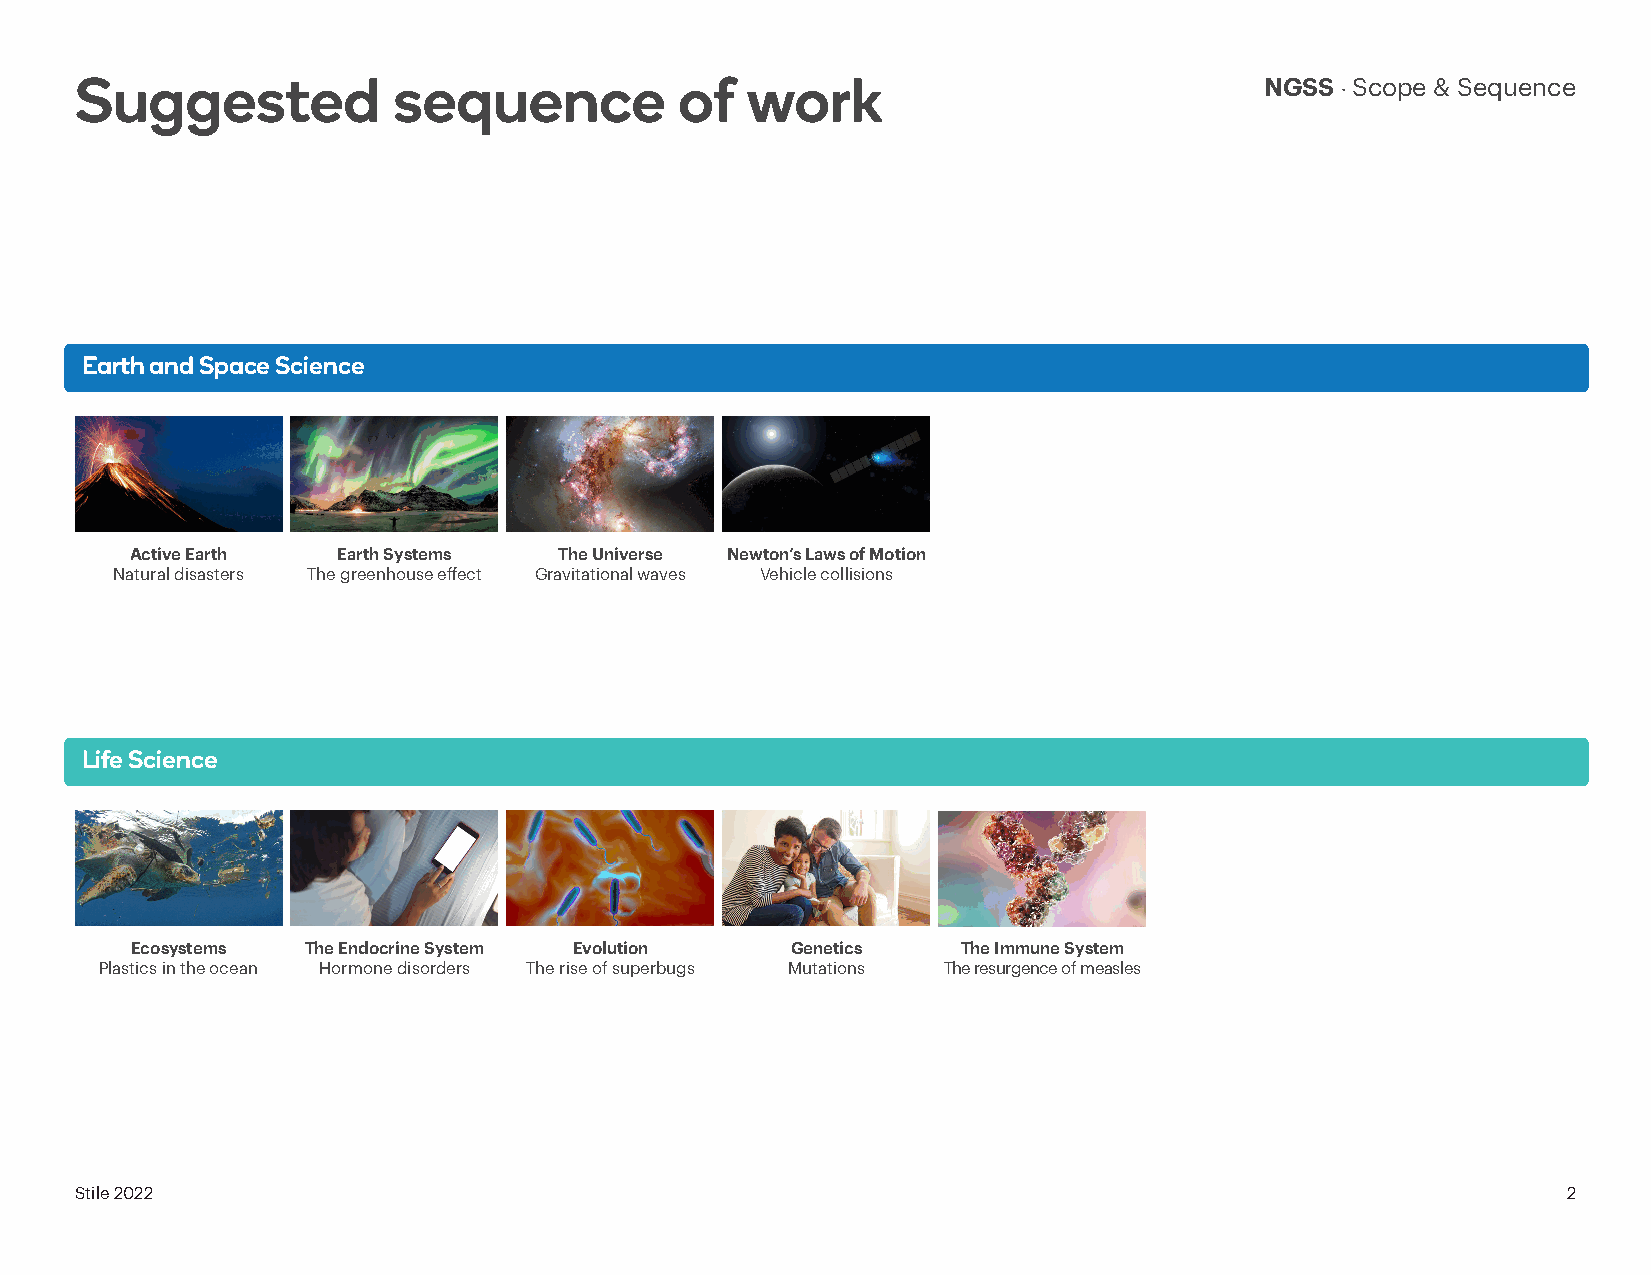
Suggested            sequence           of  work                               NGSS · Scope & Sequence
 Earth and Space Science
 Active Earth Earth Systems  The Universe Newton’s Laws of Motion
 Natural disasters The greenhouse effect Gravitational waves Vehicle collisions
 Life Science
 Ecosystems The Endocrine System Evolution  Genetics    The Immune System
 Plastics in the ocean Hormone disorders The rise of superbugs Mutations The resurgence of measles
 Stile 2022                                                                                         2